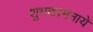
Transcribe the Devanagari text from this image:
शुभकामनायें